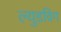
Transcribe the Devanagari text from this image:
ल्युडविग